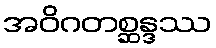
အဝိဂတစ္ဆန္ဒဿ